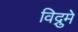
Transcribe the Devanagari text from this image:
विद्रुमे